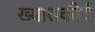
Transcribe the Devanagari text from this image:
ख्यातकीर्द